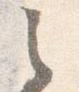
之